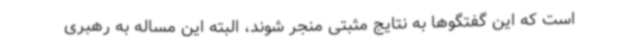
است که این گفتگوها به نتایج مثبتی منجر شوند، البته این مساله به رهبری